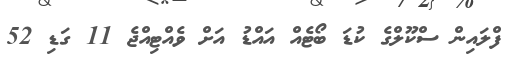
ފްލައިން ސްކޫލްގެ ކުޑަ ބޯޓެއް އައްޑު އަށް ވެއްޓިއްޖެ 11 ގަޑި 52